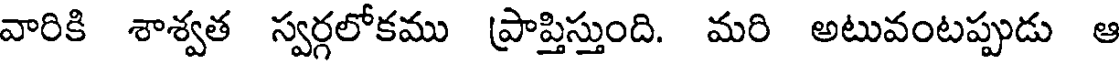
వారికి శాశ్వత స్వర్గలోకము ప్రాప్తిస్తుంది. మరి అటువంటప్పుడు ఆ